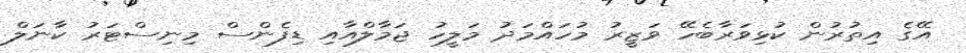
އޭގެ އިތުރުން ކުޅިވަރާބެހޭ ވަޒީރު މުހައްމަދު މަލީހު ޖަމާލްއާއި ޑިފެންސް މިނިސްޓަރު ކާނަލް